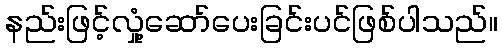
နည်းဖြင့်လှုံ့ဆော်ပေးခြင်းပင်ဖြစ်ပါသည်။